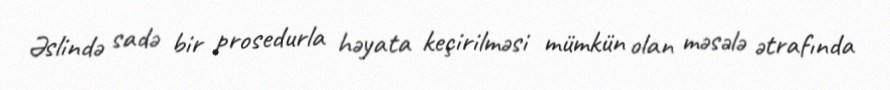
Əslində sadə bir prosedurla həyata keçirilməsi mümkün olan məsələ ətrafında